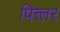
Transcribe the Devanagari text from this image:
पित्त्तर